Report on vaccination in Madras 1904-1921 - 1904-1921
Year: 1904
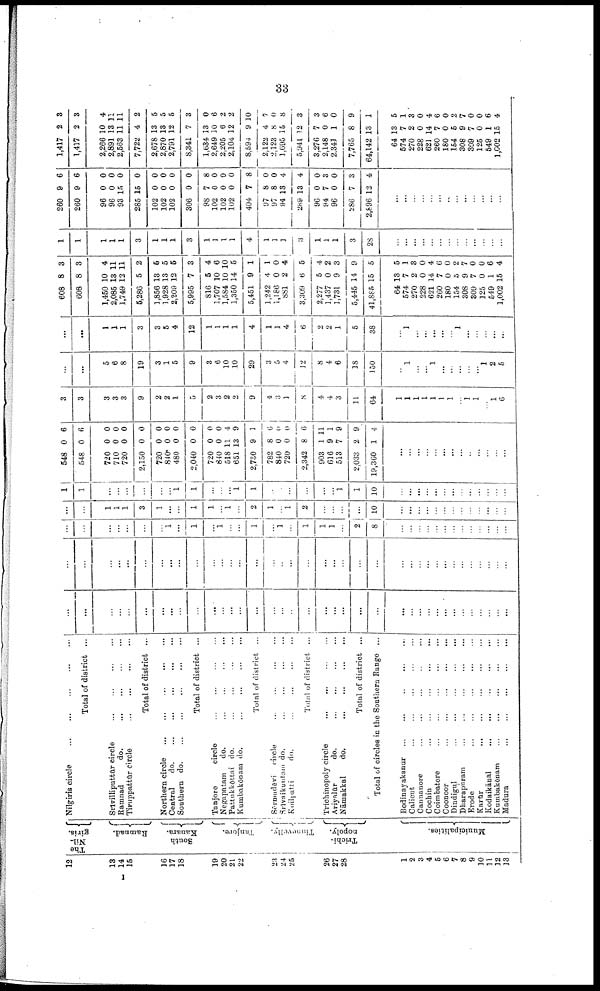
33
12
13
14
15
16
17
18
19
20
21
22
23
24
25
26
27
28
1
2
3
4
5
6
7
8
9
10
11
12
13
The
Nil-
giris.
Ramnad.
South
Kanara.
Tanjore.
Tinnevelly.
Trichi-
nopoly.
Municipalities.
Nilgiris circle
...
...
...
...
...
Total of district ...
Srivilliputtūr circle
...
...
...
...
Ramnad
do.
...
...
...
...
Tiruppattūr circle
...
...
...
...
Total of district ...
Northern circle ... ... ... ... ...
Central
do. ... ... ... ... ...
Southern d
o
. ... ... ... ... ...
Total of district ...
Tanjore
circle
...
...
...
...
Negapatam
do.
...
...
...
...
Pattukkōttni do.
...
...
...
...
Kumbakōnam do.
...
...
...
...
Total of district ...
Sērnadēvi
circle
...
...
...
...
Srivaikuntam do. ... ... ... ...
Koilpatti
do. ... ... ... ...
Toral of district ...
Trichinopoly circle
...
...
...
...
Ariyalur
do.
...
...
...
...
Nāmakkal
do. ... ... ... ...
Total of district ...
Total of circles in the Southern Range ...
Bodinayakanur ... ... ... ... ...
Calicut
...
...
...
...
...
Cannanore
...
...
...
..
...
Cochin
...
...
...
...
...
Coimbatore
...
...
...
...
Coonoor
...
...
...
...
...
Dindigul
...
...
...
...
Dharapuram
...
...
...
...
Erode
...
...
...
...
...
Karur
...
...
...
...
...
Kodaikānal
...
...
...
...
Kumbakōnam
...
...
...
...
...
Madura
...
...
...
...
...
...
...
...
...
...
...
...
...
...
...
...
...
...
...
...
...
...
...
...
...
...
...
...
...
...
...
...
...
...
...
...
...
...
...
...
...
...
...
...
...
...
...
...
...
...
...
...
...
...
...
...
...
...
...
...
...
...
...
...
...
...
...
...
...
...
...
...
...
...
...
...
...
...
...
...
...
...
...
...
...
...
1
...
1
...
1
...
...
1
...
1
...
1
1
1
...
2
8
...
...
...
...
...
...
...
...
...
...
...
...
...
...
...
1
1
1
3
1
...
...
1
1
...
1
...
2
1
...
1
2
...
...
...
...
10
...
...
...
...
...
...
...
...
...
...
...
...
...
1
1
...
...
...
...
...
...
1
1
...
...
...
1
1
...
...
...
...
...
...
1
1
10
...
...
...
...
...
...
...
...
...
...
...
...
...
548
548
720
710
720
2,150
720
840*
480
2,040
720
840
518
651
2,730
782
840
720
2,342
903
616
513
2,033
19,360
0
0
0
0
0
0
0
0
0
0
0
0
11
13
9
8
0
0
8
1
9
7
2
1
6
6
0
0
0
0
0
0
0
0
0
0
4
9
1
6
0
0
0
11
1
9
9
4
...
...
...
...
...
...
...
...
...
...
...
...
...
3
3
3
3
3
9
2
2
1
5
2
3
2
2
9
4
3
1
8
4
4
3
11
64
1
1
1
1
1
1
1
...
1
1
...
1
6
...
...
5
6
8
19
3
1
5
9
3
6
10
10
29
3
5
4
12
8
4
6
18
150
...
1
...
...
1
...
...
...
...
...
1
2
5
...
...
1
1
1
3
3
5
4
12
1
1
1
1
4
1
1
4
6
2
2
1
5
38
...
1
...
...
...
...
...
1
...
...
...
...
...
608
608
1,450
2,085
1,749
5,286
1,856
1,928
2,209
5,995
816
1,707
1,584
1,350
5,451
1,242
1,186
881
3,309
2,277
1,437
1,731
5,445
41,885
64
574
270
228
621
260
180
154
308
309
125
549
1,002
8
8
10
13
12
5
13
13
12
7
5
10
10
14
9
4
0
2
6
5
0
9
14
15
13
7
2
0
14
7
0
5
9
7
0
1
15
3
3
4
11
11
2
6
5
5
3
4
6
10
5
1
1
0
4
5
4
2
3
9
5
5
1
3
0
4
6
0
2
7
0
0
6
4
1
1
1
1
1
3
1
1
1
3
1
1
1
1
4
1
1
1
3
1
1
1
3
28
...
...
...
...
...
...
...
...
...
...
...
...
...
260
260
96
96
93
285
102
102
102
306
98
102
102
102
404
97
97
94
289
96
94
96
286
2,896
9
9
0
0
15
15
0
0
0
0
7
0
0
0
7
8
8
13
13
0
7
0
7
12
6
6
0
0
0
0
0
0
0
0
8
0
0
0
8
0
0
4
4
0
3
0
3
4
...
...
...
...
...
...
...
...
...
...
...
...
...
1,417
1,417
2,266
2,891
2,563
7,722
2,678
2,870
2,791
8,341
1,634
2,649
2,205
2,104
8,594
2,122
2,123
1,695
5,941
3,276
2,148
2,341
7,765
64,142
64
574
270
228
621
260
180
154
308
309
125
549
1,002
2
2
10
18
11
4
13
13
12
7
13
10
6
12
9
4
8
15
12
7
0
1
8
13
13
7
2
0
14
7
0
5
9
7
0
1
15
3
3
4
11
11
2
5
5
5
3
0
6
2
2
10
7
0
8
3
3
6
0
9
1
5
1
3
0
4
6
0
2
7
0
0
6
4
I